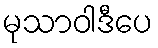
မုသာဝါဒီပေ